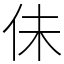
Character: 佅